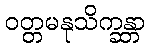
ဝတ္တမနုသိက္ခန္တာ